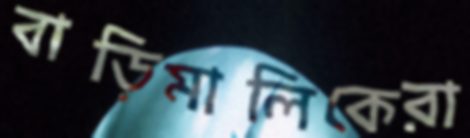
বাড়িমালিকেরা